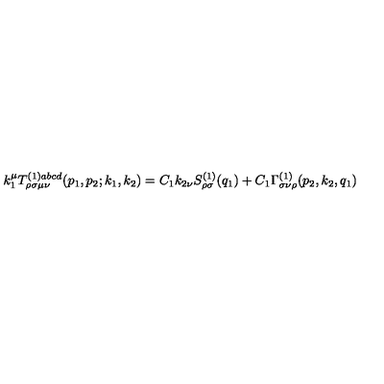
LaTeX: k _ { 1 } ^ { \mu } T _ { \rho \sigma \mu \nu } ^ { ( 1 ) a b c d } ( p _ { 1 } , p _ { 2 } ; k _ { 1 } , k _ { 2 } ) = C _ { 1 } k _ { 2 \nu } S _ { \rho \sigma } ^ { ( 1 ) } ( q _ { 1 } ) + C _ { 1 } \Gamma _ { \sigma \nu \rho } ^ { ( 1 ) } ( p _ { 2 } , k _ { 2 } , q _ { 1 } )